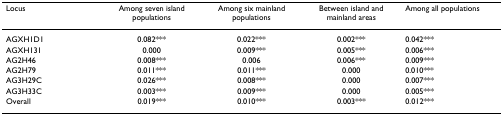
<table><thead><tr><td><b>Locus</b></td><td><b>Among seven island populations</b></td><td><b>Among six mainland populations</b></td><td><b>Between island and mainland areas</b></td><td><b>Among all populations</b></td></tr></thead><tbody><tr><td>AGXH1D1</td><td>0.082***</td><td>0.022***</td><td>0.002***</td><td>0.042***</td></tr><tr><td>AGXH131</td><td>0.000</td><td>0.009***</td><td>0.005***</td><td>0.006***</td></tr><tr><td>AG2H46</td><td>0.008***</td><td>0.006</td><td>0.006***</td><td>0.009***</td></tr><tr><td>AG2H79</td><td>0.011***</td><td>0.011***</td><td>0.000</td><td>0.010***</td></tr><tr><td>AG3H29C</td><td>0.026***</td><td>0.008***</td><td>0.000</td><td>0.007***</td></tr><tr><td>AG3H33C</td><td>0.003***</td><td>0.009***</td><td>0.000</td><td>0.005***</td></tr><tr><td>Overall</td><td>0.019***</td><td>0.010***</td><td>0.003***</td><td>0.012***</td></tr></tbody></table>